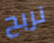
نربح